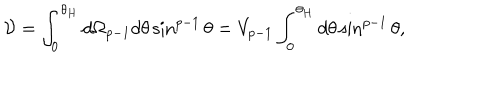
LaTeX: { \cal V } = \int _ { 0 } ^ { \theta _ { H } } d \Omega _ { p - 1 } d \theta \sin ^ { p - 1 } \theta = V _ { p - 1 } \int _ { 0 } ^ { \theta _ { H } } d \theta \sin ^ { p - 1 } \theta ,